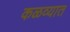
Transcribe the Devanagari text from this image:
कळव्यात